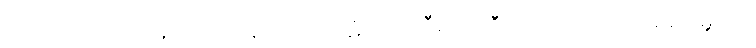
အားထုတ်ကြကုန်လော့။ ဣတိ၊ ဤပါဠိရပ်၌။ ဝီရိယံ၊ ဝီရိယသည်။ (အာရမမ္ဘောတိ